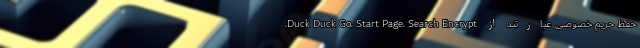
حفظ حریم خصوصی عبارتند از Duck Duck Go، Start Page، Search Encrypt،